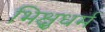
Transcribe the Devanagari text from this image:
भिक्षुधर्म